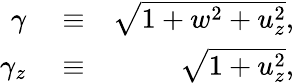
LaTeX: \begin{array}{rlr}{\gamma}&{{}\equiv}&{\sqrt{1+w^{2}+u_{z}^{2}},}\\ {\gamma_{z}}&{{}\equiv}&{\sqrt{1+u_{z}^{2}},}\end{array}